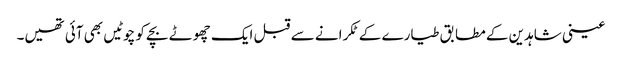
عینی شاہدین کے مطابق طیارے کے ٹکرانے سے قبل ایک چھوٹے بچے کو چوٹیں بھی آئی تھیں۔